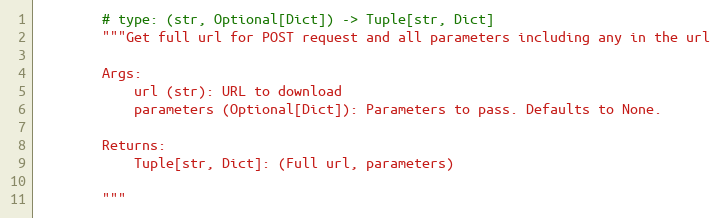
Language: Python
        # type: (str, Optional[Dict]) -> Tuple[str, Dict]
        """Get full url for POST request and all parameters including any in the url

        Args:
            url (str): URL to download
            parameters (Optional[Dict]): Parameters to pass. Defaults to None.

        Returns:
            Tuple[str, Dict]: (Full url, parameters)

        """